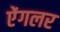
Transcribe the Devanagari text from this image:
ऐंगलर